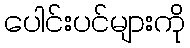
ပေါင်းပင်များကို